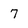
Character: 7